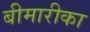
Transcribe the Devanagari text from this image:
बीमारीका